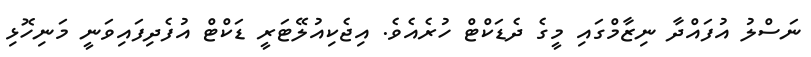
ނަސްލު އުފައްދާ ނިޒާމްގައި މީގެ ދެޑަކްޓް ހުރެއެވެ. އިޖެކިއުލޭޓަރީ ޑަކްޓް އުފެދިފައިވަނީ މަނިހޮޅި